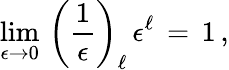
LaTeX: \begin{array}{l}{\displaystyle\operatorname*{lim}_{\epsilon\to 0}\, \left(\frac 1\epsilon\right)_{\ell}\, \epsilon^{\ell}\, =\, 1\, ,}\end{array}